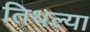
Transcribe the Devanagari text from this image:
तिथल्या